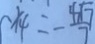
x _ { 4 } = - \frac { 4 \sqrt { 7 } } { 7 }